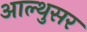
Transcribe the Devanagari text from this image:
आल्थुसर